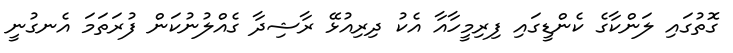
ގޮތުގައި ލަންކާގެ ކެންޑީގައި ފިރިމީހާއާ އެކު ދިރިއުޅޭ ރާޝިދާ ގެއްލުނުކަން ފުރަތަމަ އެނގުނީ